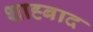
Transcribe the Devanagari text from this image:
शाह्बाद